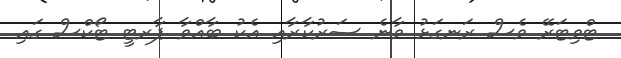
ޓްވިޓަރޭ ވެސް ރަނގަޅު ވާނެ ސަރުކާރާއި އެކު ބާއްވާ ޕާރޓީ ޓޯކްސް ގައި